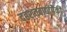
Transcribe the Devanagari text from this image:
दहशतवाद्यांपैकी